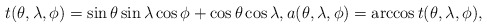
\begin{align*}t(\theta,\lambda,\phi) = \sin\theta \sin\lambda \cos\phi + \cos\theta \cos\lambda, a(\theta,\lambda,\phi) = \arccos t(\theta,\lambda,\phi), \end{align*}